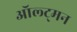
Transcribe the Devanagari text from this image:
ऑल्ट्मन